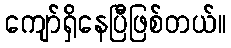
ကျော်ရှိနေပြီဖြစ်တယ်။